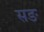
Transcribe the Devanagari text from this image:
सङ